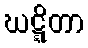
ဃဋ္ဋိတာ